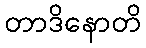
တာဒိနောတိ